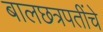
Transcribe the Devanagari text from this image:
बालछत्रपतींचे